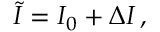
\widetilde { I } = I _ { 0 } + \Delta I \, ,